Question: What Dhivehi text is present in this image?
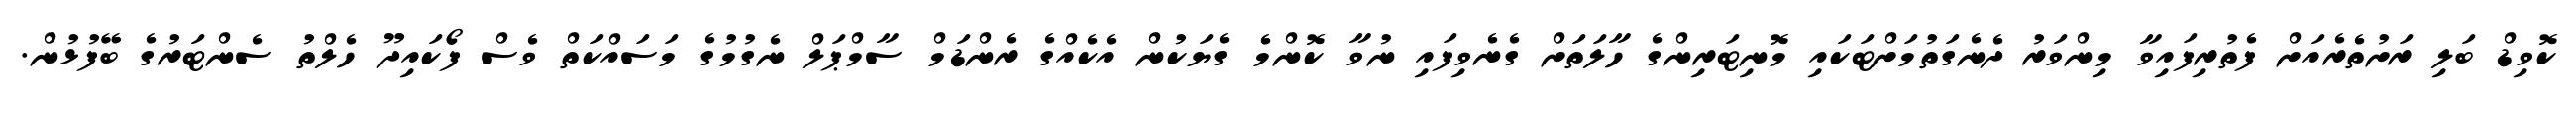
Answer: ކޮވިޑް ބަލި ރަށުތެރެއަށް ފެތުރިފައިވާ މިންވަރު ދެނެގަތުމަށްޓަކައި މޮނިޓަރިންގެ ހާލަތަށް ގެނެވިފައި ނުވާ ކޮންމެ ގެޔަކުން އެކެއްގެ ރެންޑަމް ސާމްޕަލް ނެގުމުގެ މަސައްކަތް ވެސް ފޯކައިދޫ ހެލްތު ސެންޓަރުގެ ބޭފުޅުން.